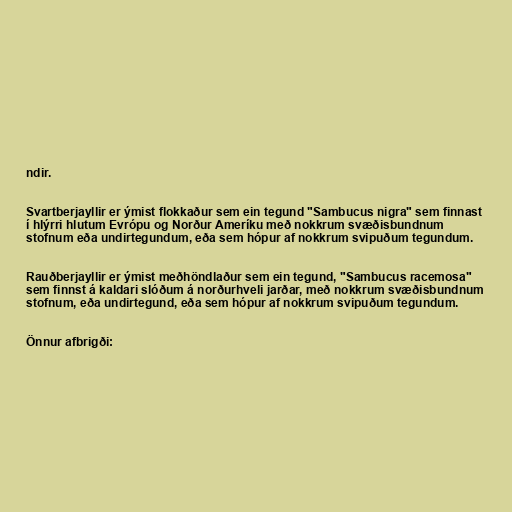
ndir.

Svartberjayllir er ýmist flokkaður sem ein tegund "Sambucus nigra" sem finnast
í hlýrri hlutum Evrópu og Norður Ameríku með nokkrum svæðisbundnum
stofnum eða undirtegundum, eða sem hópur af nokkrum svipuðum tegundum.

Rauðberjayllir er ýmist meðhöndlaður sem ein tegund, "Sambucus racemosa"
sem finnst á kaldari slóðum á norðurhveli jarðar, með nokkrum svæðisbundnum
stofnum, eða undirtegund, eða sem hópur af nokkrum svipuðum tegundum.

Önnur afbrigði: